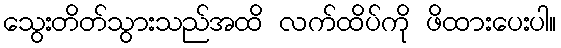
သွေးတိတ်သွားသည်အထိ လက်ထိပ်ကို ဖိထားပေးပါ။